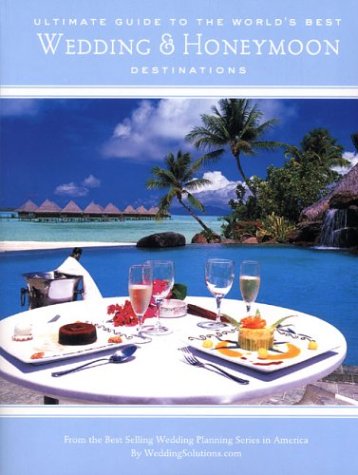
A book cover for The Ultimate Guide To the World's Best Wedding & Honeymoon Destinations; Elizabeth Lluch; Crafts, Hobbies & Home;